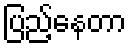
ပြည့်နေတာ